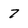
Character: 7